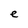
Character: e